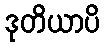
ဒုတိယာပိ